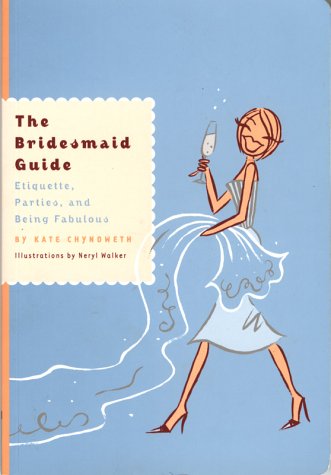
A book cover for The Bridesmaid Guide; Kate Chynoweth; Crafts, Hobbies & Home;